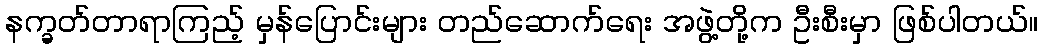
နက္ခတ်တာရာကြည့် မှန်ပြောင်းများ တည်ဆောက်ရေး အဖွဲ့တို့က ဦးစီးမှာ ဖြစ်ပါတယ်။